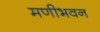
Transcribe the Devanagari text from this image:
मणीभवन